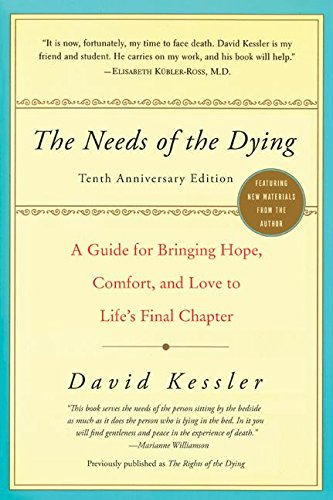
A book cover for The Needs of the Dying: A Guide for Bringing Hope, Comfort, and Love to Life's Final Chapter; David Kessler; Politics & Social Sciences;